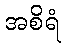
အစိရံ